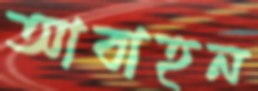
আবাহন